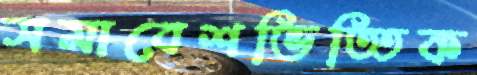
সমাবেশভিত্তিক